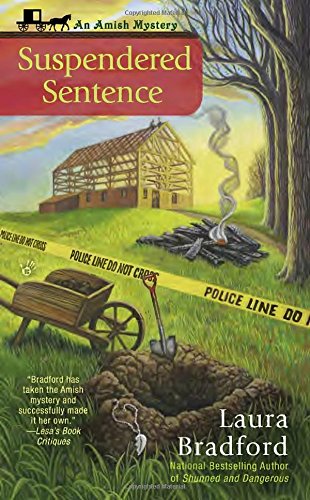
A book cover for Suspendered Sentence (An Amish Mystery); Laura Bradford; Christian Books & Bibles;